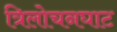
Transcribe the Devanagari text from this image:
त्रिलोचनघाट